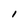
Character: I